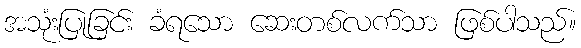
အသုံးပြုခြင်း ခံရသော ဆေးတစ်လက်သာ ဖြစ်ပါသည်။